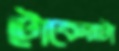
টোকেনটা